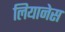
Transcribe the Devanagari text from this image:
लियानेस